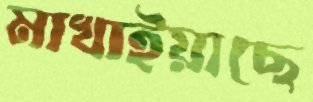
মাখাইয়াছে